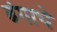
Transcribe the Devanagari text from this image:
ढंगाचे